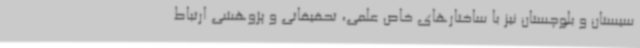
سیستان و بلوچستان نیز با ساختارهای خاص علمی، تحقیقاتی و پژوهشی ارتباط